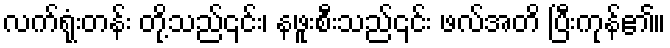
လက်ရုံးတန်း တို့သည်၎င်း၊ နဖူးစီးသည်၎င်း ဖလ်အတိ ပြီးကုန်၏။